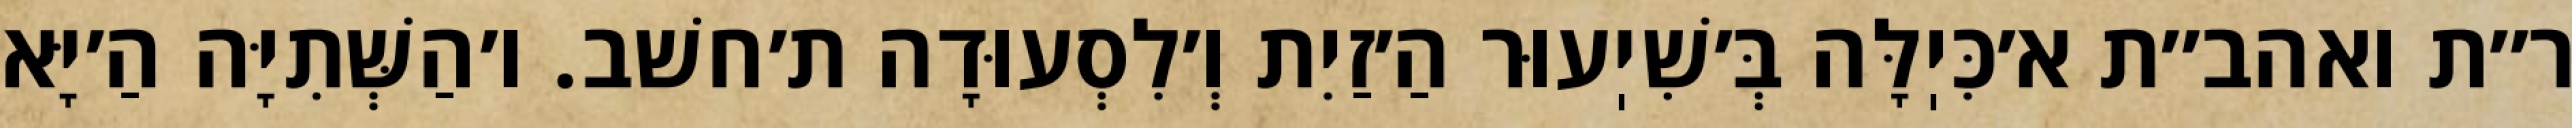
ר״ת ואהב״ת א׳כִּיֽלָּה בְּ׳שִׁיֽעוּר הַ׳זַיִת וְ׳לִסְעוּדָה ת׳חשׁב. ו׳הַשְּׁתִיָּה הַ׳יָּא